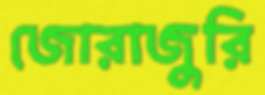
জোরাজুরি